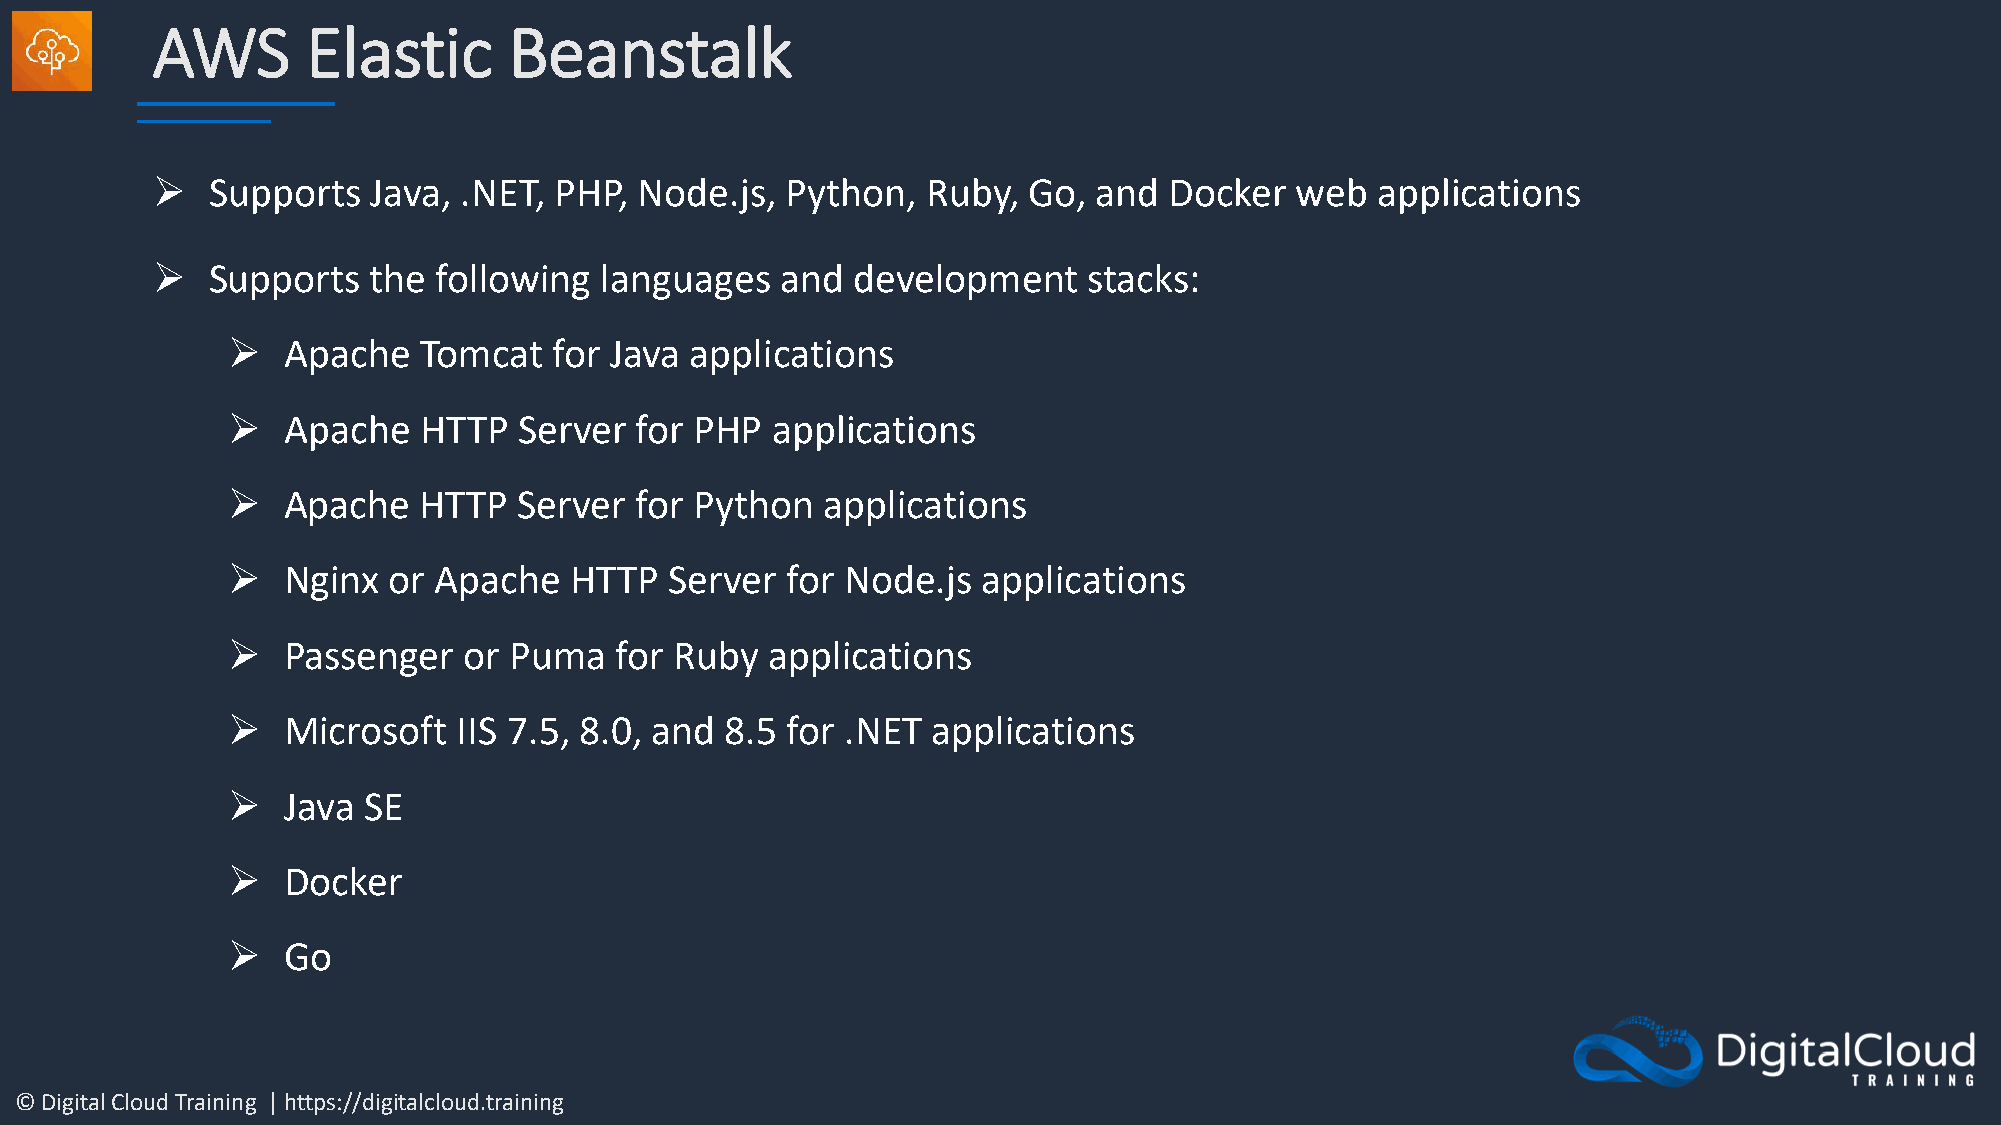
AWS       Elastic       Beanstalk
 ➢   Supports  Java, .NET,  PHP, Node.js,  Python,  Ruby,  Go, and  Docker   web  applications
 ➢   Supports  the  following  languages   and development     stacks:
 ➢   Apache   Tomcat   for Java applications
 ➢   Apache   HTTP  Server  for PHP  applications
 ➢   Apache   HTTP  Server  for Python   applications
 ➢   Nginx  or Apache   HTTP  Server  for Node.js  applications
 ➢   Passenger   or Puma   for Ruby  applications
 ➢   Microsoft  IIS 7.5, 8.0, and 8.5 for .NET  applications
 ➢   Java SE
 ➢   Docker
 ➢   Go
 © Digital Cloud Training | https://digitalcloud.training